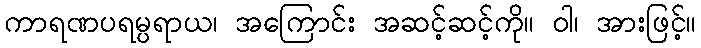
ကာရဏပရမ္ပရာယ၊ အကြောင်း အဆင့်ဆင့်ကို။ ဝါ၊ အားဖြင့်။